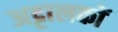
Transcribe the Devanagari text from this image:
अट्टालकों